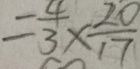
= \frac { 4 } { 3 } \times \frac { 2 0 } { 1 7 }